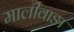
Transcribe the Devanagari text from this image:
मालीवाङा